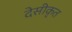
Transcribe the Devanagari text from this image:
देसीकृत